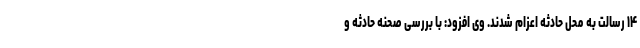
۱۴ رسالت به محل حادثه اعزام شدند. وی افزود: با بررسی صحنه حادثه و